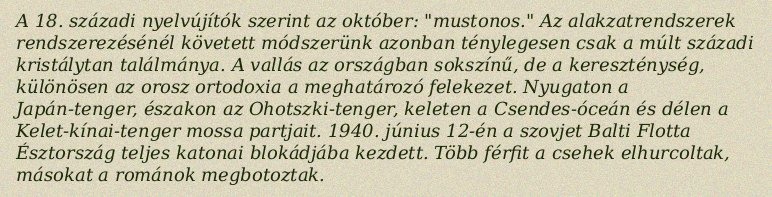
A 18. századi nyelvújítók szerint az október: "mustonos." Az alakzatrendszerek rendszerezésénél követett módszerünk azonban ténylegesen csak a múlt századi kristálytan találmánya. A vallás az országban sokszínű, de a kereszténység, különösen az orosz ortodoxia a meghatározó felekezet. Nyugaton a Japán-tenger, északon az Ohotszki-tenger, keleten a Csendes-óceán és délen a Kelet-kínai-tenger mossa partjait. 1940. június 12-én a szovjet Balti Flotta Észtország teljes katonai blokádjába kezdett. Több férfit a csehek elhurcoltak, másokat a románok megbotoztak.